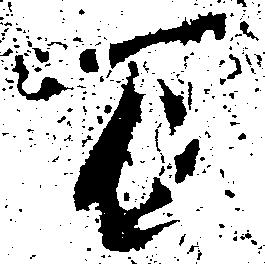
万